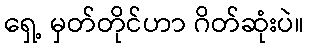
ရှေ့ မှတ်တိုင်ဟာ ဂိတ်ဆုံးပဲ။